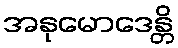
အနုမောဒေန္တိ